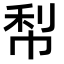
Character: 𭘢